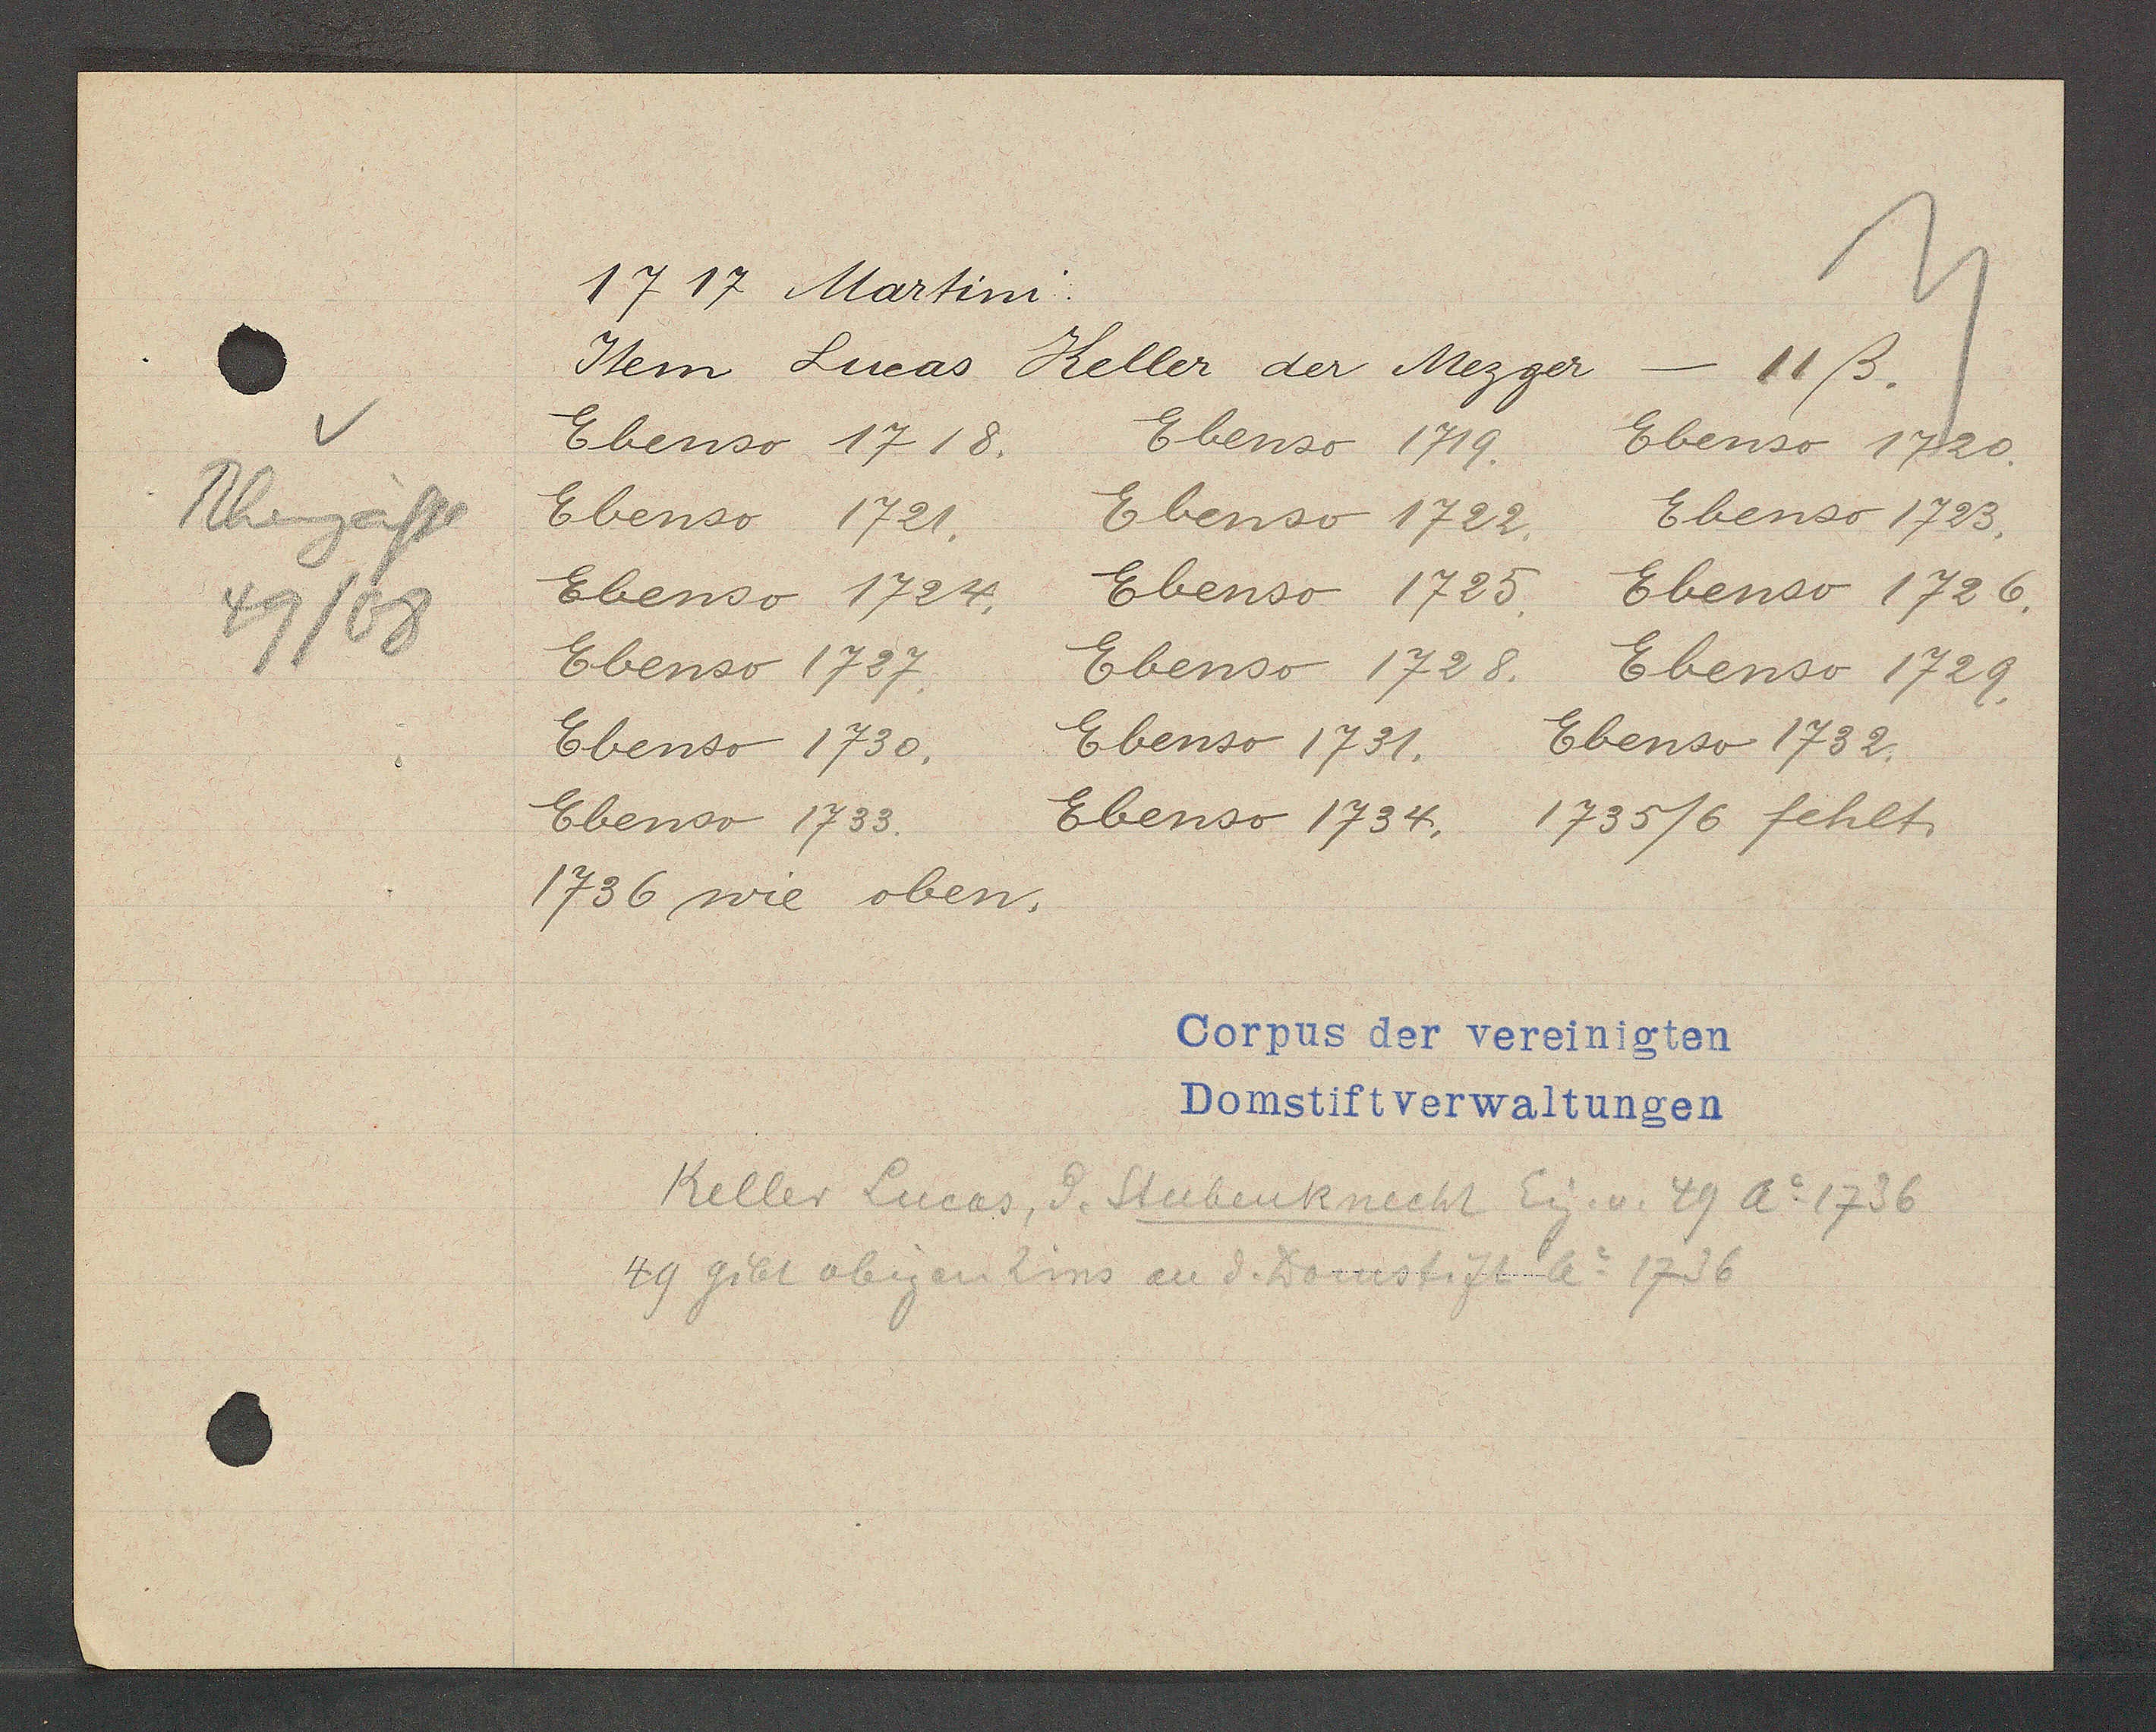
Transcript:
Rheingasse
49/68

1717 Martini.

Item Lucas Keller der Mezger
- 11ß.
Ebenso 1718.
Ebenso 1719.
Ebenso 1720.
Ebenso 1721.
Ebenso 1722.
Ebenso 1723
Ebenso 1724.
Ebenso 1725.
Ebenso 1726.
Ebenso 1727.
Ebenso 1728.
Ebenso 1729.
Ebenso 1730
Ebenso 1731.
Ebenso 1732.
Ebenso 1733.
Ebenso 1734.
1735/6 fehlt.
1736 wie oben.

Corpus der vereinigten
Domstiftverwaltungen

Keller Lucas, d. Stubenknecht Eig. v. 49 Ao 1736
49 gibt obigen Zins an d. Domstift Ao 1736